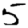
Digit: 5